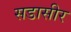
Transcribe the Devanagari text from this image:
सडासीर